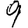
Digit: 9